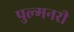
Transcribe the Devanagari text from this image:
पुल्मनरी